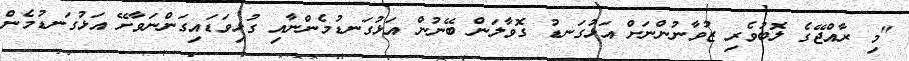
"މި ރާއްޖޭގެ ލޮބުވެރި ޒުވާނުންނަށް އަޅުގަނޑު ގޮވާލަން ބޭނުން އަޅުގަނޑުމެންނާއި ގުޅިވަޑައިގަންނަވާށޭ އަޅުގަނޑުމެން